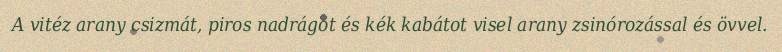
A vitéz arany csizmát, piros nadrágot és kék kabátot visel arany zsinórozással és övvel.